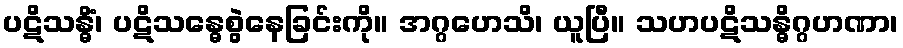
ပဋိသန္ဓိံ၊ ပဋိသန္ဓေစွဲနေခြင်းကို။ အဂ္ဂဟေသိ၊ ယူပြီ။ သဟပဋိသန္ဓိဂ္ဂဟဏာ၊